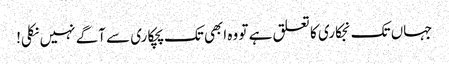
جہاں تک نجکاری کا تعلق ہے تو وہ ابھی تک پچکاری سے آگے نہیں نکلی!